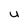
Character: u